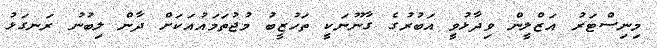
މިނިސްޓަރު އަޒްލީން ވިދާޅުވީ އަބުރުގެ ގާނޫނަކީ ތަހުޒީބު މުޖުތަމައުއަކަށް ދާން ލިބުނު ރަނގަޅު